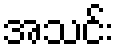
အသင်း